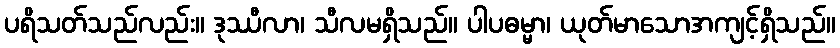
ပရိသတ်သည်လည်း။ ဒုဿီလာ၊ သီလမရှိသည်။ ပါပဓမ္မာ၊ ယုတ်မာသောအကျင့်ရှိသည်။